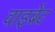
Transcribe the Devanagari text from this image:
वाइब्रेंट